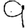
Digit: 9